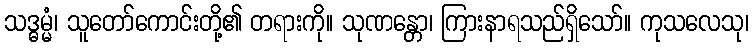
သဒ္ဓမ္မံ၊ သူတော်ကောင်းတို့၏ တရားကို။ သုဏန္တော၊ ကြားနာရသည်ရှိသော်။ ကုသလေသု၊